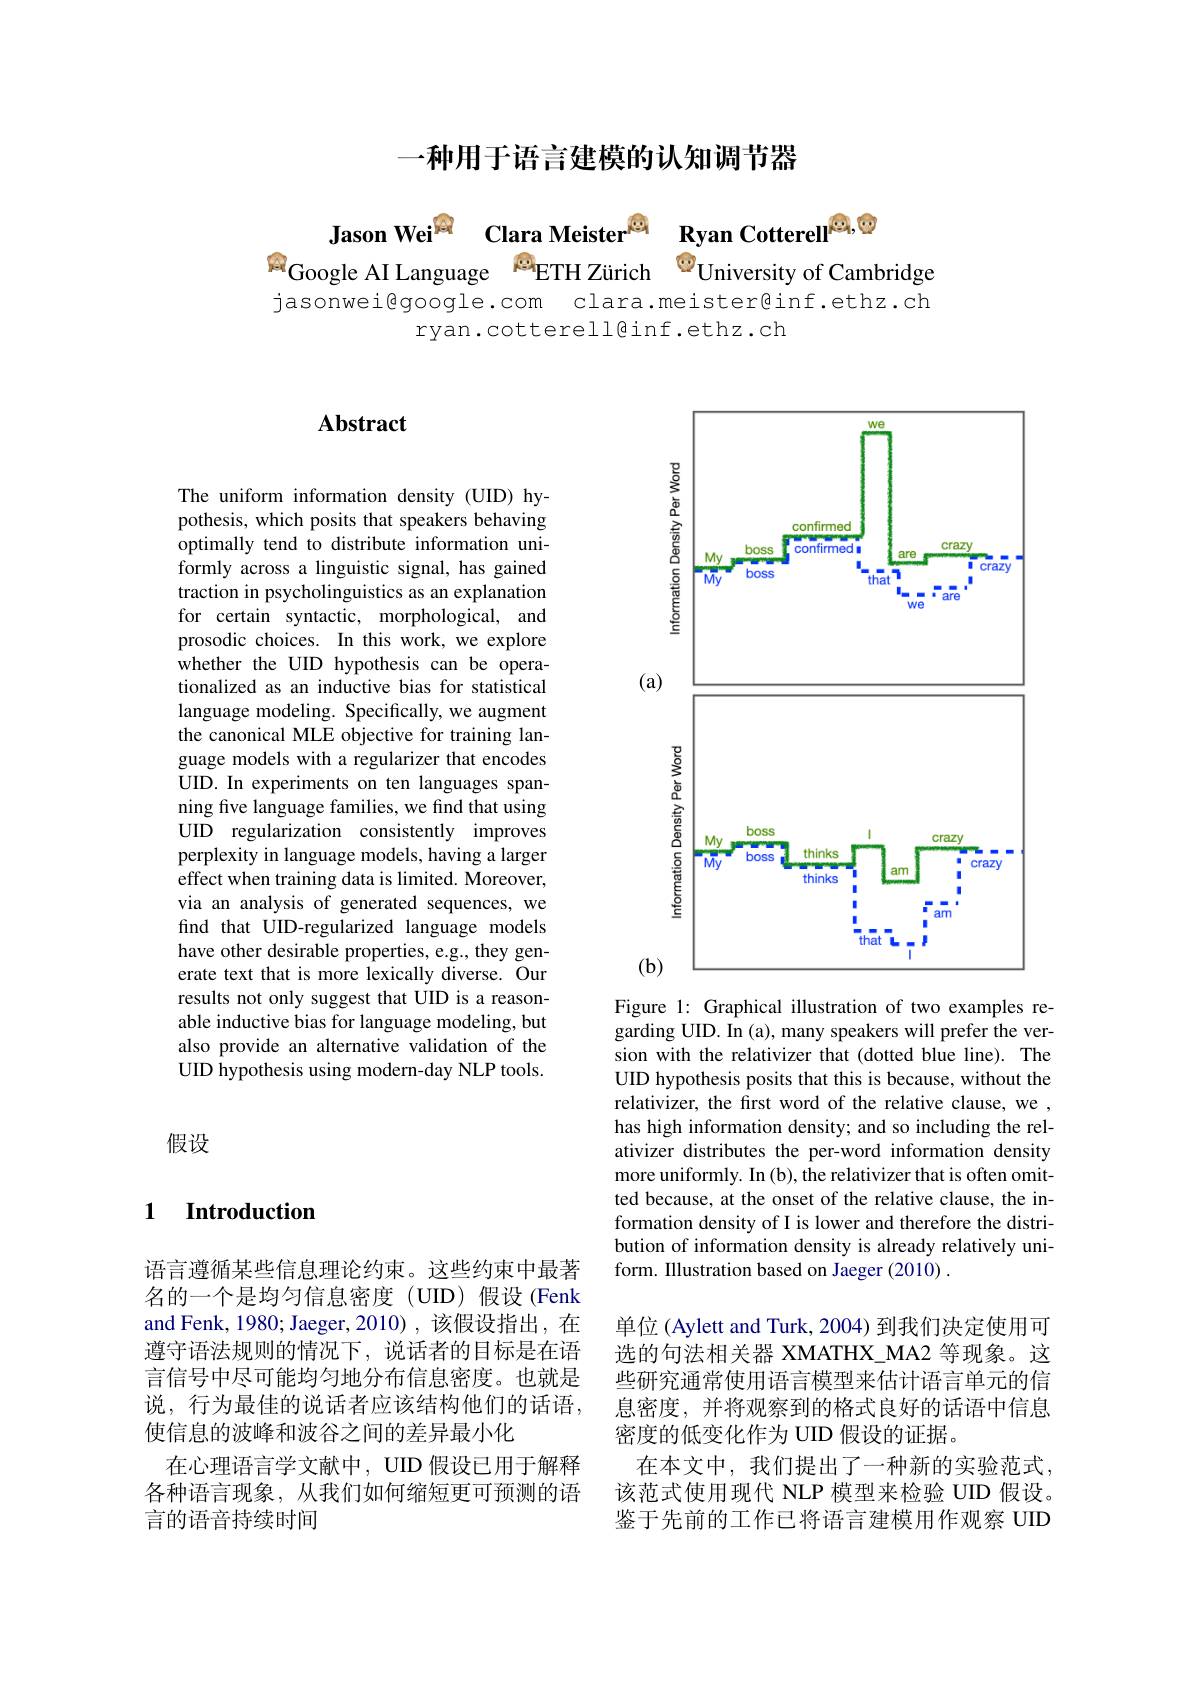
一种用于语言建模的认知调节器

Jason Wei$^{[\mathrm{p}]}$Clara Meister$^{\textcircled{\mathrm{g}}}$Ryan Cotterel$^{[\mathrm{Q}],\textcircled{\mathrm{Q}}}$Google AI Language $^{[\mathrm{q}]}$ETH Zürich$^{\textcircled{\mathrm{p}}}$University of Cambridge jasonwei@google.com clara.meister@inf.ethz.ch
ryan.cotterell@inf.ethz.ch

## $\mathbf{Abstract}$

The uniform information density (UID) hypothesis, which posits that speakers behaving optimally tend to distribute information uniformly across a linguistic signal, has gained traction in psycholinguistics as an explanation for certain syntactic, morphological, and prosodic choices. In this work, we explore whether the UID hypothesis can be operationalized as an inductive bias for statistical language modeling. Specifically, we augment the canonical MLE objective for training language models with a regularizer that encodes UID. In experiments on ten languages spanning five language families, we find that using UID regularization consistently improves perplexity in language models, having a larger effect when training data is limited. Moreover, via an analysis of generated sequences, we find that UID-regularized language models have other desirable properties, e.g., they generate text that is more lexically diverse. Our results not only suggest that UID is a reasonable inductive bias for language modeling, but also provide an alternative validation of the UID hypothesis using modern-day NLP tools.

假设

### $\textbf{1}$ $\textbf{Introduction}$

语言遵循某些信息理论约束。这些约束中最著名的一个是均匀信息密度(UID)假设(Fenk and Fenk, 1980; Jaeger, 2010) , 该假设指出，在遵守语法规则的情况下，说话者的目标是在语言信号中尽可能均匀地分布信息密度。也就是说，行为最佳的说话者应该结构他们的话语， 使信息的波峰和波谷之间的差异最小化
在心理语言学文献中，UID 假设已用于解释各种语言现象，从我们如何缩短更可预测的语言的语音持续时间

<FigureHere>

Figure 1: Graphical illustration of two examples regarding UID. In (a), many speakers will prefer the version with the relativizer that (dotted blue line). The UID hypothesis posits that this is because, without the relativizer, the first word of the relative clause, we , has high information density; and so including the relativizer distributes the per-word information density more uniformly. In (b), the relativizer that is often omitted because, at the onset of the relative clause, the information density of I is lower and therefore the distribution of information density is already relatively uniform. Illustration based on Jaeger (2010) .

单位 (Aylett and Turk, 2004) 到我们决定使用可选的句法相关器 XMATHX\_MA2 等现象。这些研究通常使用语言模型来估计语言单元的信息密度，并将观察到的格式良好的话语中信息密度的低变化作为 UID 假设的证据。
在本文中，我们提出了一种新的实验范式， 该范式使用现代 NLP 模型来检验 UID 假设。鉴于先前的工作已将语言建模用作观察 UID